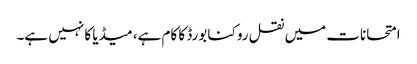
امتحانات میں نقل روکنا بورڈ کا کام ہے، میڈیا کا نہیں ہے۔